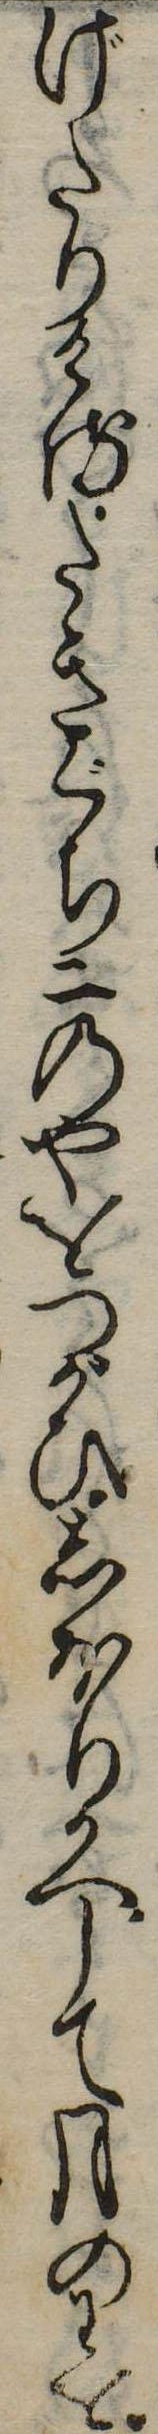
げたりけるたきぐち二のやをつがひしほりかへして月のわを